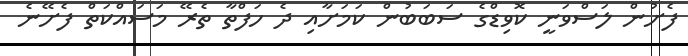
ފެށުން ލަސްވަނީ ކޮވިޑްގެ ސަބަބުން ކަމަށާއި ދެ ހަފްތާ ތެރޭ މަސައްކަތް ފެށޭނެ